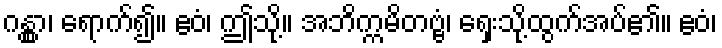
ဂန္တွာ၊ ရောက်၍။ ဧဝံ၊ ဤသို့။ အဘိက္ကမိတဗ္ဗံ၊ ရှေးသို့ထွက်အပ်၏။ ဧဝံ၊